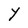
Character: Y